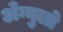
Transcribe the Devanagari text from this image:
अँग्युलो